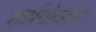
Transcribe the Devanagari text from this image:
हर्झगोव्हेना